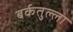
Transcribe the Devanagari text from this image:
बर्कतुल्ला